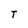
Character: T